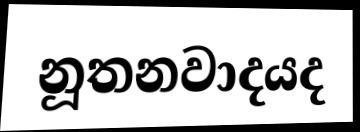
නූතනවාදයද